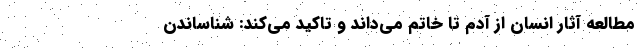
مطالعه آثار انسان از آدم تا خاتم می‌داند و تاکید می‌کند: شناساندن